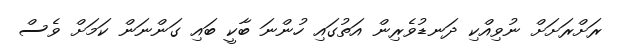
ރަށްރަށަށް ނުވިއްކި ދަނޑުވެރިން އަތުގައި ހުންނަ ބާކީ ބައި ގަންނަން ކަމަށް ވެސް